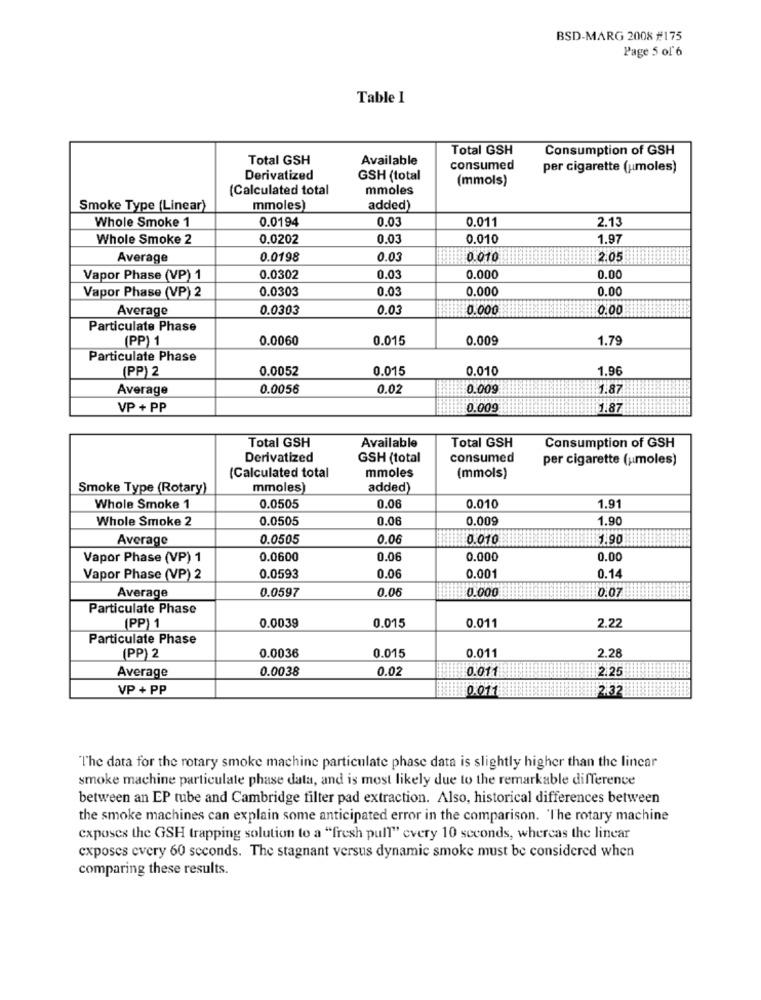
BSD-MARG 2008 #175
Page 5 of 6
Table 1
Total GSH
Consumption of GSH
Total GSH
Available
consumed
per cigarette (umoles)
Derivatized
GSH (total
(mmols)
(Calculated total
mmoles
Smoke Type (Linear)
mmoles)
added)
Whole Smoke 1
0.0194
0.03
0.011
2.13
Whole Smoke 2
0.0202
0.03
0.010
1.97
Average
0.0198
0.03
0010
2.05
Vapor Phase (VP) 1
0.0302
0.03
0.000
0.00
Vapor Phase (VP) 2
0.0303
0.03
0.000
0.00
Average
0.0303
0.03
0.000
0.00
Particulate Phase
(PP) 1
0.0060
0.015
0.009
1.79
Particulate Phase
(PP) 2
0.0052
0.015
0.010
1.96
Average
0.0056
0.02
0.009
1.87
VP + PP
0.00g
1.87
Total GSH
Available
Total GSH
Consumption of GSH
Derivatized
GSH (total
consumed
per cigarette (umoles)
mmoles
(Calculated total
(mmols)
Smoke Type (Rotary)
mmoles)
added)
Whole Smoke 1
0.0505
0.06
0.010
1.91
Whole Smoke 2
0.0505
0.06
0.009
1.90
Average
0.0505
0.06
0.010
1.90
Vapor Phase (VP) 1
0.0600
0.06
0.000
0.00
Vapor Phase (VP) 2
0.0593
0.06
0.001
0.14
Average
0.0597
0.06
0.000
0.07
Particulate Phase
0.0039
0.011
2.22
(PP) 1
0.015
Particulate Phase
0.0036
0.015
0.011
2.28
(PP) 2
Average
0.0038
0.02
0.011
2.25
VP + PP
0.011
2.32
The data for the rotary smoke machine particulate phase data is slightly higher than the lincar
smoke machine particulate phase data, and is most likely due to the remarkable difference
between an EP tube and Cambridge filter pad extraction. Also, historical differences between
the smoke machines can explain some anticipated error in the comparison. 'The rotary machine
exposes the GSH trapping solution to a "fresh pull" every 10 seconds, whereas the linear
exposes every 60 seconds. The stagnant versus dynamic smoke must be considered when
comparing these results.